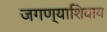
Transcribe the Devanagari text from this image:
जगण्याशिवाय